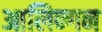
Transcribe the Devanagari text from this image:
आलिन्गन